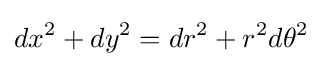
dx^{2}+dy^{2}=dr^{2}+r^{2}d\theta ^{2}